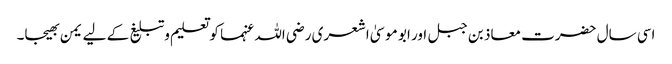
اسی سال حضرت معاذ بن جبل اور ابو موسیٰ اشعری رضی اللہ عنہما کو تعلیم وتبلیغ کے لیے یمن بھیجا۔